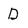
Character: D